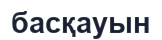
басқауын